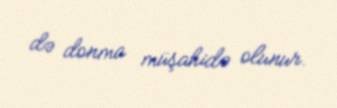
də donma müşahidə olunur.